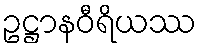
ဥဋ္ဌာနဝီရိယဿ